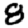
Digit: 8